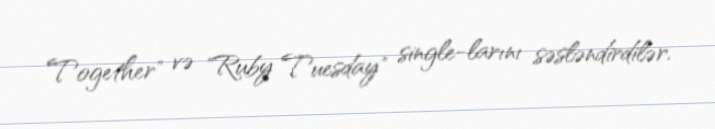
Together" və "Ruby Tuesday" single-larını səsləndirdilər.